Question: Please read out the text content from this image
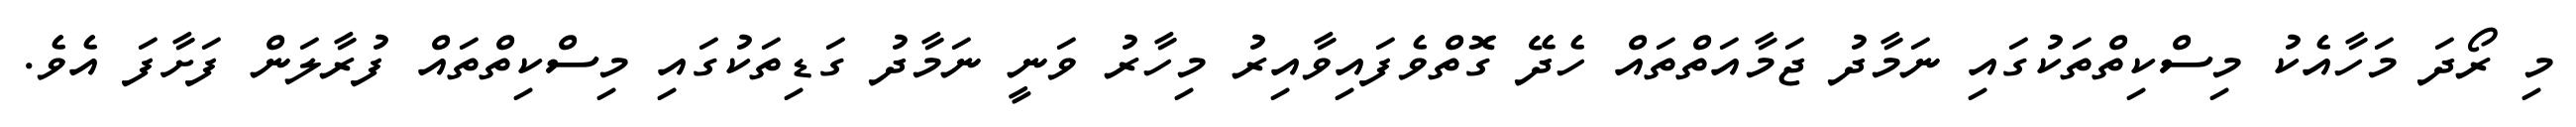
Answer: މި ރޯދަ މަހާއެކު މިސްކިތްތަކުގައި ނަމާދު ޖަމާއަތްތައް ހެދޭ ގޮތްވެފައިވާއިރު މިހާރު ވަނީ ނަމާދު ގަޑިތަކުގައި މިސްކިތްތައް ފުރާލަން ފަށާފަ އެވެ.